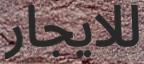
للایجار